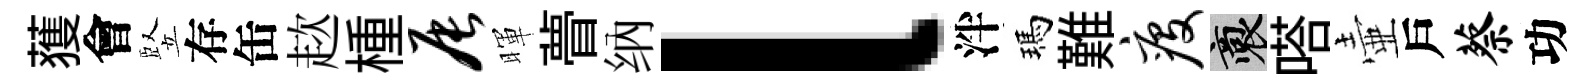
𫉬會竪存缶趑㮔辰暉瞢纳l泮瑪難疫裔嗒壷戶蔡功